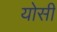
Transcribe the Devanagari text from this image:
योसी